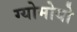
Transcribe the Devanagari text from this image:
ग्योमोयो